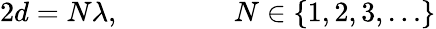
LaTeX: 2d=N\lambda,\qquad\qquad N\in\{ 1,2,3,\dots\}